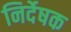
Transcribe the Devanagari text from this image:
निर्देषक